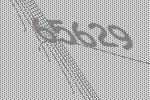
65629